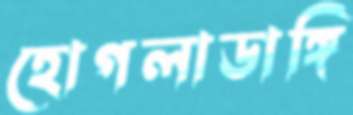
হোগলাডাঙ্গি